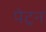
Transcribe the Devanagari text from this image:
पेट्रन